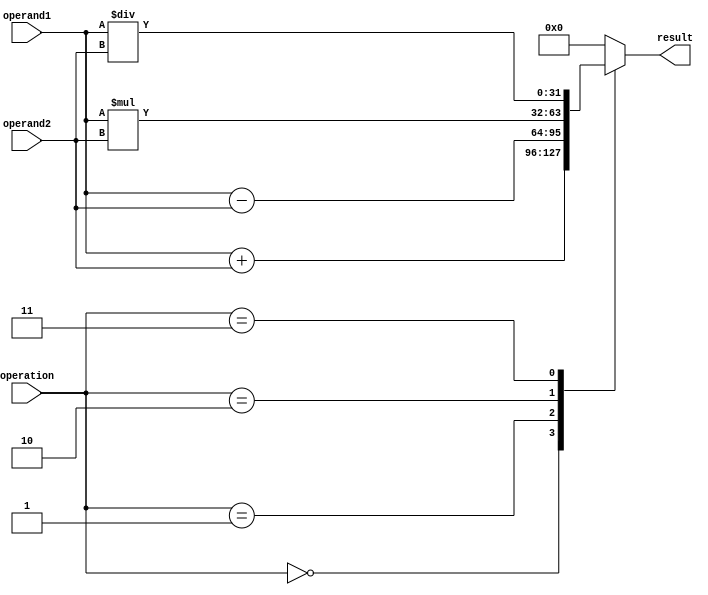
module FloatingPointUnit (
    input [31:0] operand1,
    input [31:0] operand2,
    input [2:0] operation, // 0: addition, 1: subtraction, 2: multiplication, 3: division
    output reg [31:0] result
);

reg [31:0] temp_result;

always @(*)
begin
    case(operation)
        0: temp_result = operand1 + operand2; // addition
        1: temp_result = operand1 - operand2; // subtraction
        2: temp_result = operand1 * operand2; // multiplication
        3: temp_result = operand1 / operand2; // division
        default: temp_result = 32'h0; // default to 0 if invalid operation
    endcase
    
    // handle special cases here
    
    if(overflow) begin
        // handle overflow
    end
    
    if(underflow) begin
        // handle underflow
    end
    
    if(invalid_operation) begin
        // handle invalid operation
    end
    
    result <= temp_result;
end
endmodule